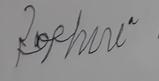
Signature authenticity: forged